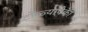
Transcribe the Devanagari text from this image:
टोळ्यापैकी